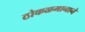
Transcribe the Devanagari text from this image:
ठोकळमानाने